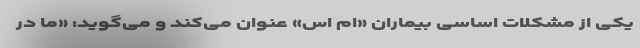
یکی از مشکلات اساسی بیماران «ام اس» عنوان می‌کند و می‌گوید: «ما در